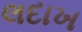
લદાખ